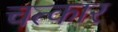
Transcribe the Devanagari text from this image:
चत्कार